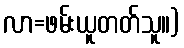
လာ=ဖမ်းယူတတ်သူ။)